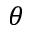
\theta